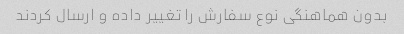
بدون هماهنگی نوع سفارش را تغییر داده و ارسال کردند